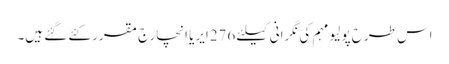
اس طرح پولیو مہم کی نگرانی کیلئے 276ایریا انچارج مقرر کئے گئے ہیں۔